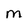
Character: M